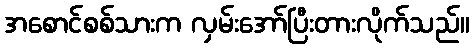
အစောင်စစ်သားက လှမ်းအော်ပြီးတားလိုက်သည်။